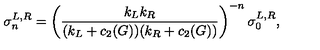
\sigma _ { n } ^ { L , R } = \left( { \frac { k _ { L } k _ { R } } { ( k _ { L } + c _ { 2 } ( G ) ) ( k _ { R } + c _ { 2 } ( G ) ) } } \right) ^ { - n } \sigma _ { 0 } ^ { L , R } ,